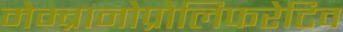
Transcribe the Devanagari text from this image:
मेम्ब्रानोप्रोलिफरेटिव